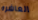
العاشره